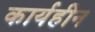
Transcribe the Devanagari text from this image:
कार्यहीन